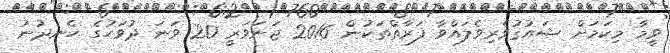
ވީމާ މިކަމަށް ޝައުޤުވެރިވެލައްވާ ފަރާތްތަކުން 2016 ޖަނަވަރީ 20 ވަނަ ދުވަހުގެ ހެނދުނު